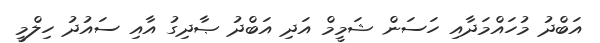
އަބްދު މުހައްމަދާއި ހަސަން ޝަމީމް އަދި އަބްދު ޞާދިގު އާއި ސައުދު ހިލްމީ